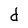
Character: d